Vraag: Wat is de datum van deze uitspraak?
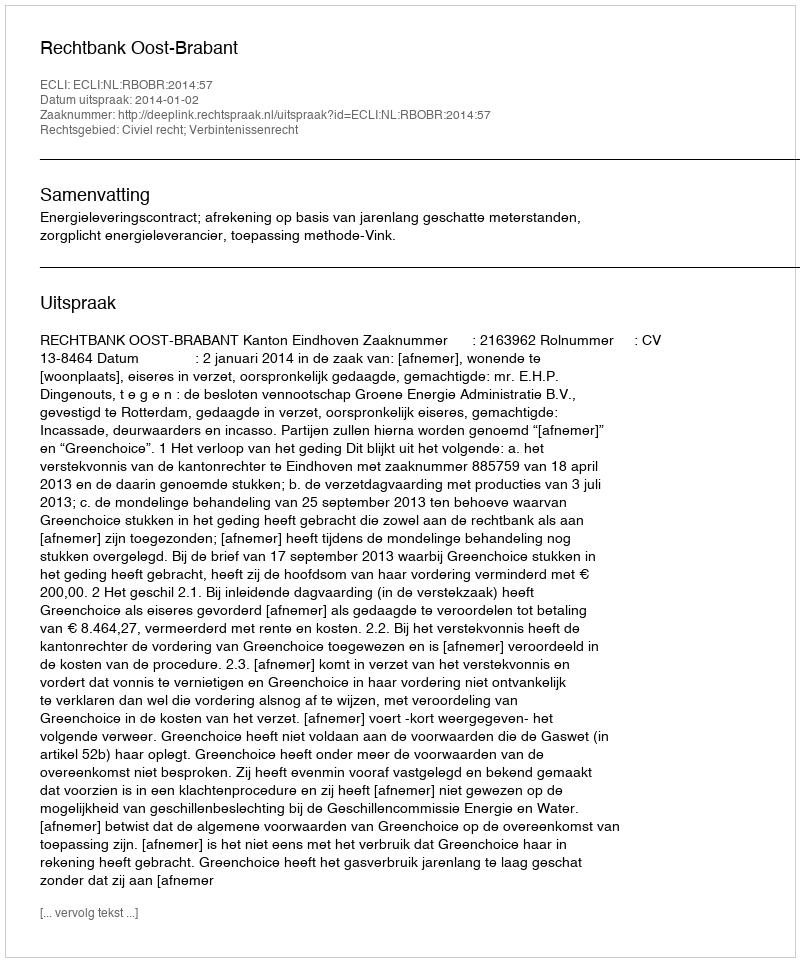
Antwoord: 2014-01-02